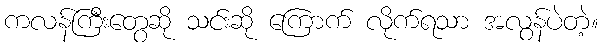
ကလန်ကြီးတွေဆို သင်းဆို ကြောက် လိုက်ရသာ အလွန်ပဲတဲ့။